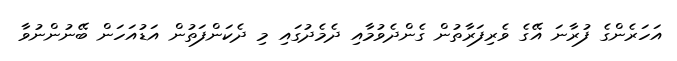
އަހަރެންގެ ފުރާނަ އޭގެ ވެރިފަރާތުން ގެންދެވުމާއި ދެމެދުގައި މި ދެކަންފަތުން އަޑުއަހަން ބޭނުންނުވާ